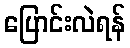
ပြောင်းလဲရန်